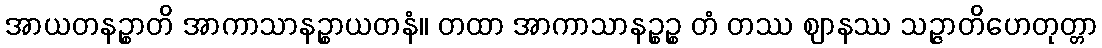
အာယတနဉ္စာတိ အာကာသာနဉ္စာယတနံ။ တထာ အာကာသာနဉ္စဉ္စ တံ တဿ ဈာနဿ သဉ္ဇာတိဟေတုတ္တာ